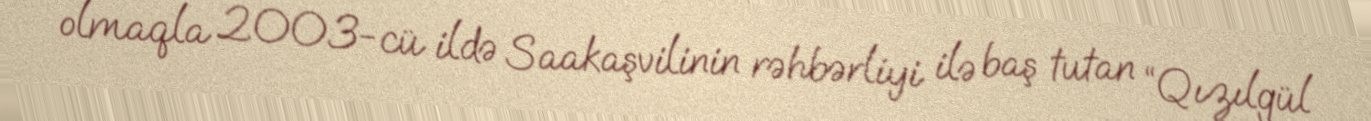
olmaqla 2003-cü ildə Saakaşvilinin rəhbərliyi ilə baş tutan “Qızılgül